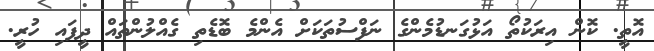
އޮތީ. ކޮން އިރަކުތޯ އަޅުގަނޑުމެންގެ ނަފްސުތަކަށް އެންމެ ބޮޑެތި ގެއްލުންތައް ދީފައި ހުރީ.